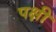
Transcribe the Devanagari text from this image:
पक्षी